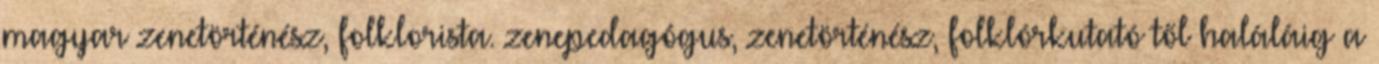
magyar zenetörténész, folklorista. zenepedagógus, zenetörténész, folklórkutató től haláláig a